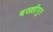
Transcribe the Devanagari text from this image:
बख्शीपुर